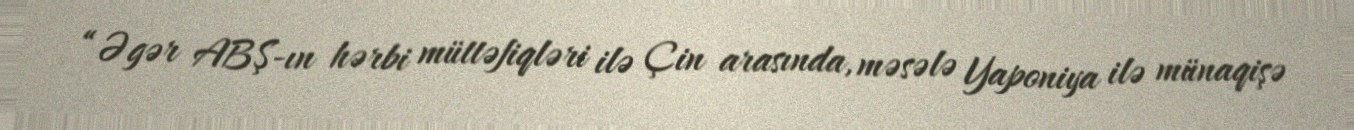
“Əgər ABŞ-ın hərbi müttəfiqləri ilə Çin arasında, məsələ Yaponiya ilə münaqişə